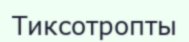
Тиксотропты